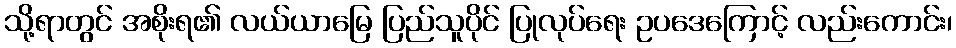
သို့ရာတွင် အစိုးရ၏ လယ်ယာမြေ ပြည်သူပိုင် ပြုလုပ်ရေး ဥပဒေကြောင့် လည်းကောင်း၊